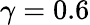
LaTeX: \gamma=0.6